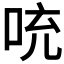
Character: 𪡁